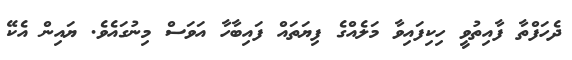
ދެހަފްތާ ފާއިތުވީ ހިކިފައިވާ މަލެއްގެ ފިޔަތައް ފައިބާހާ އަވަސް މިނުގައެވެ. ޔައިން އެކޭ